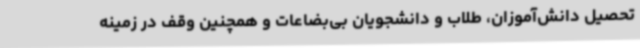
تحصیل دانش‌آموزان، طلاب و دانشجویان بی‌بضاعات و همچنین وقف در زمینه